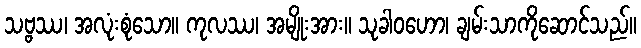
သဗ္ဗဿ၊ အလုံးစုံသော။ ကုလဿ၊ အမျိုးအား။ သုခါဝဟော၊ ချမ်းသာကိုဆောင်သည်။